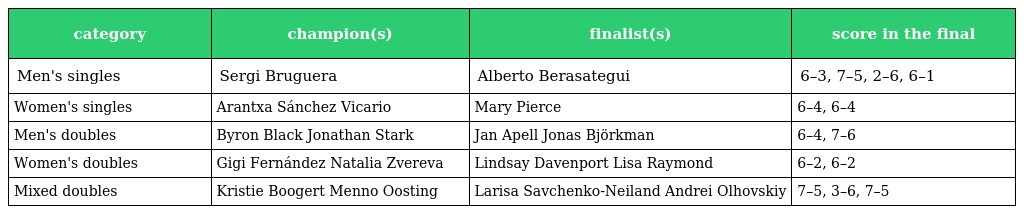
| category | champion(s) | finalist(s) | score in the final |
 | --- | --- | --- | --- |
 | Men's singles | Sergi Bruguera | Alberto Berasategui | 6–3, 7–5, 2–6, 6–1 |
 | Women's singles | Arantxa Sánchez Vicario | Mary Pierce | 6–4, 6–4 |
 | Men's doubles | Byron Black Jonathan Stark | Jan Apell Jonas Björkman | 6–4, 7–6 |
 | Women's doubles | Gigi Fernández Natalia Zvereva | Lindsay Davenport Lisa Raymond | 6–2, 6–2 |
 | Mixed doubles | Kristie Boogert Menno Oosting | Larisa Savchenko-Neiland Andrei Olhovskiy | 7–5, 3–6, 7–5 |